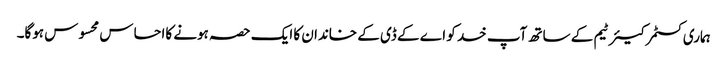
ہماری کسٹمر کیئر ٹیم کے ساتھ آپ خد کو اے کے ڈی کے خاندان کا ایک حصہ ہونے کااحساس محسوس ہوگا۔